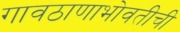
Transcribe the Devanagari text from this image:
गावठाणाभोवतीची